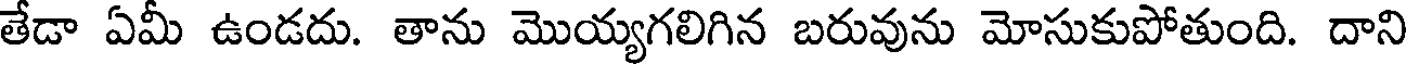
తేడా ఏమీ ఉండదు. తాను మొయ్యగలిగిన బరువును మోసుకుపోతుంది. దాని